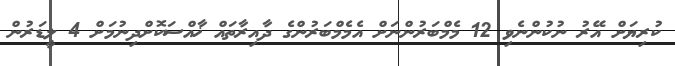
ކުރިޔަށް އޭރު ނުކުންނެވި 12 މެމްބަރުންނަށް އެމެމްބަރުންގެ ދާއިރާތައް ޚާއްސަކޮށްދިނުމަށް 4 ލީޑަރުން